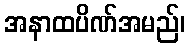
အနာထပိဏ်အမည်၊